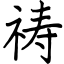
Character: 祷